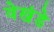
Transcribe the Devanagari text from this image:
वेखंडे